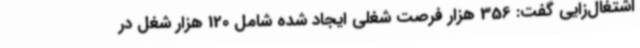
اشتغال‌زایی گفت: 356 هزار فرصت شغلی ایجاد شده شامل 120 هزار شغل در